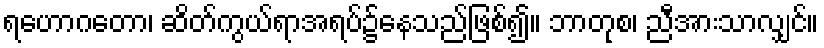
ရဟောဂတော၊ ဆိတ်ကွယ်ရာအရပ်၌နေသည်ဖြစ်၍။ ဘာတုစ၊ ညီအားသာလျှင်။